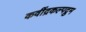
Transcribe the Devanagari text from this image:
कवींद्रकल्पद्रुम